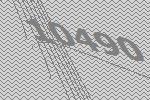
10490